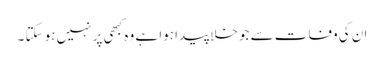
ان کی وفات سے جو خلا پیدا ہوا ہے وہ کبھی پر نہیں ہو سکتا ۔